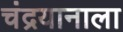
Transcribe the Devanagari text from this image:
चंद्रयानाला